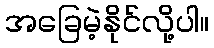
အခြေမဲ့နိုင်လို့ပါ။